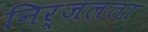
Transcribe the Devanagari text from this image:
निर्जलता